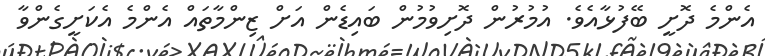
އެންމެ ދޮށީ ބޭފުޅާއެވެ. އުމުރުން ދޮށިވުމުން ބައިޑެން އަށް ޒިންމާތައް އެންމެ އެކަށީގެންވާ